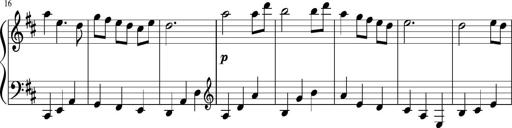
Title: Sonatine Nr.1 in C-Dur
Composer: DÃ©sirÃ©e Manns
Key: C major